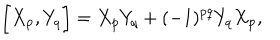
LaTeX: \biggl [ X _ { p } , Y _ { q } \biggr ] = X _ { p } Y _ { q } + ( - 1 ) ^ { p q } Y _ { q } X _ { p } ,